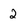
Character: 2